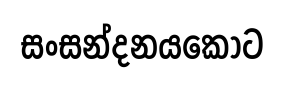
සංසන්දනයකොට